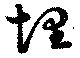
埋